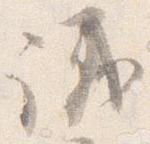
議